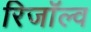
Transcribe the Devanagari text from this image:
रिजॉल्व